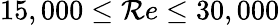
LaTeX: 15,000\leq\mathcal{R}e\leq30,000